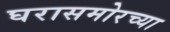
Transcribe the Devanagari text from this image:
घरासमोरच्या